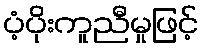
ပံ့ပိုးကူညီမှုဖြင့်